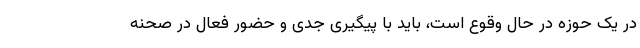
در یک حوزه در حال وقوع است، باید با پیگیری جدی و حضور فعال در صحنه